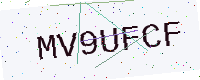
Text: MV9UFCF